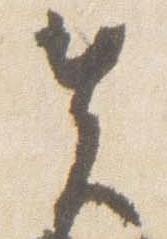
先